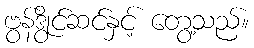
ဗွန်ဒွိုင်ဆင်နှင့် တွေ့သည်။